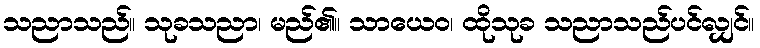
သညာသည်။ သုခသညာ၊ မည်၏။ သာယေဝ၊ ထိုသုခ သညာသည်ပင်လျှင်။